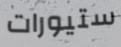
ستيورات